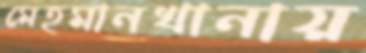
মেহমানখানায়